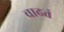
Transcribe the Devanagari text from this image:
वाढतं